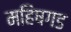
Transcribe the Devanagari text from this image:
महिषगड